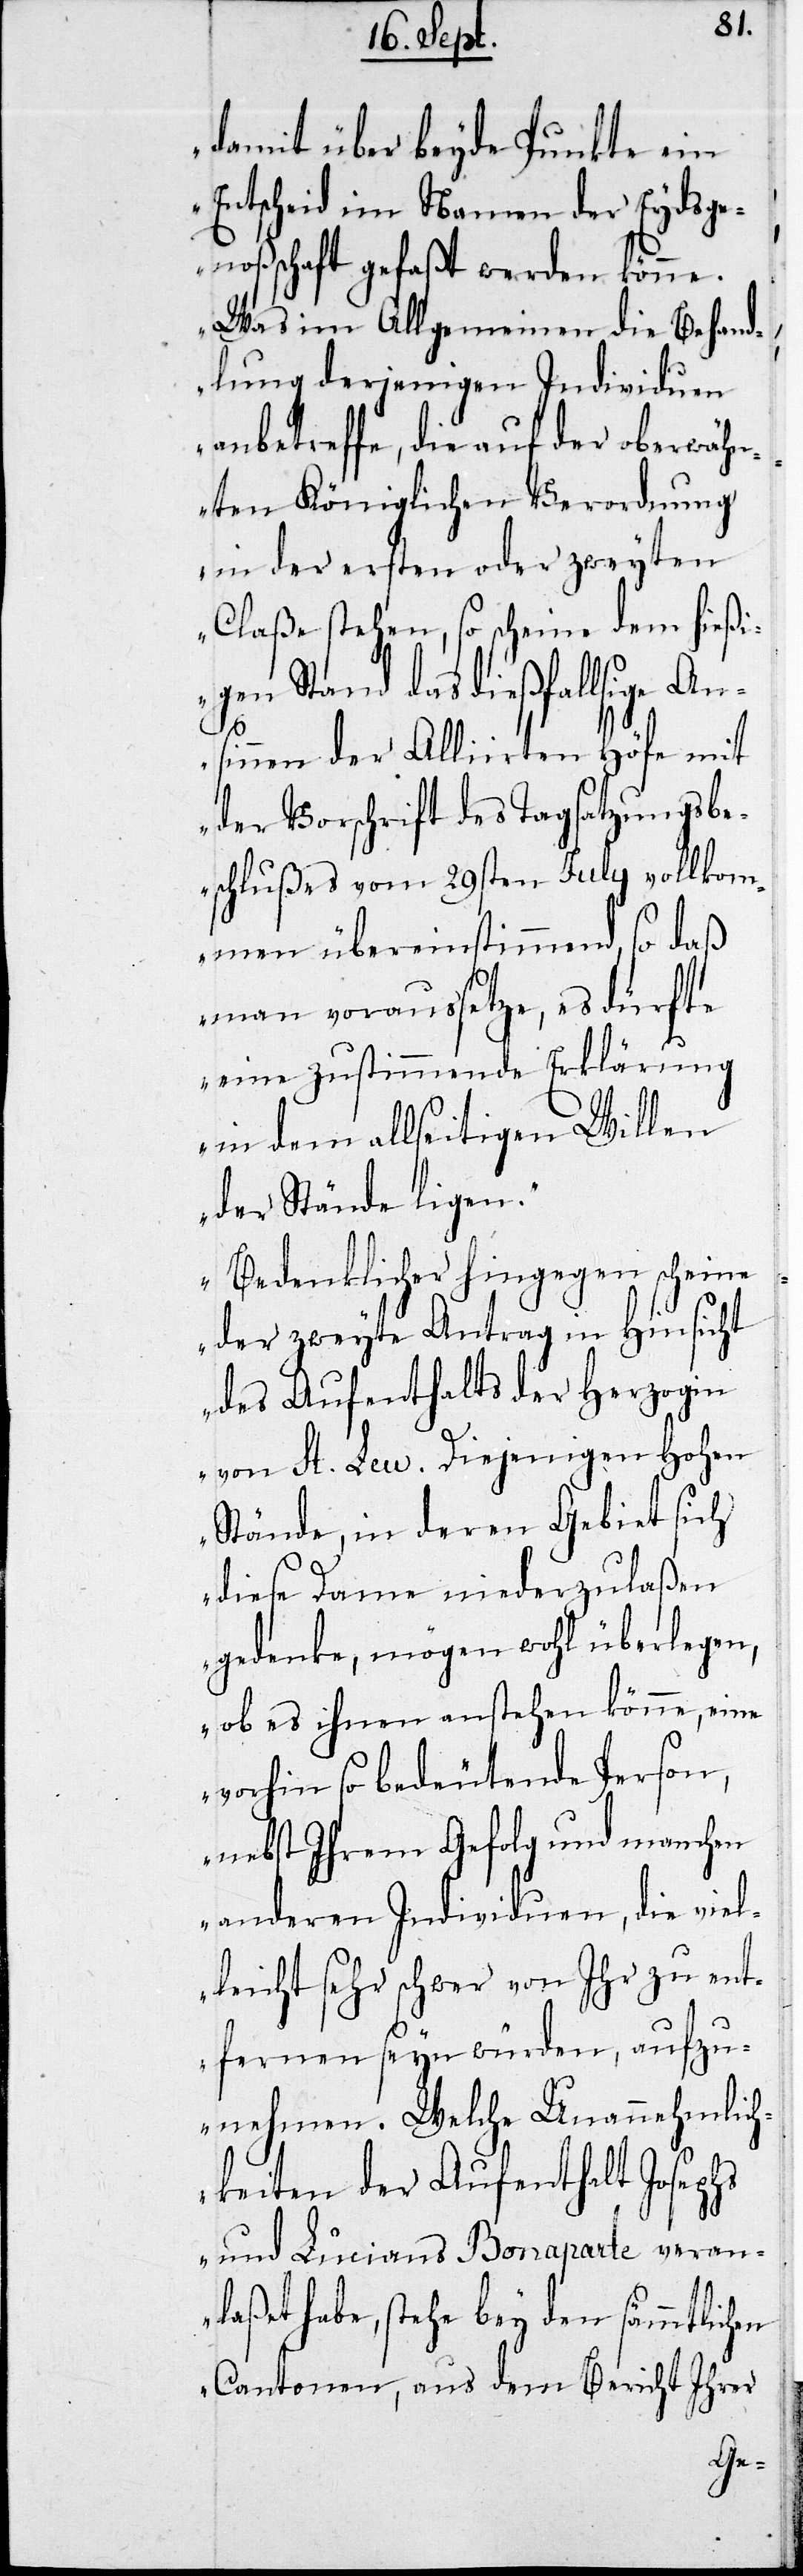
damit über beyde Punkte ein
Entscheid im Namen der Eydsge¬
noßenschaft gefaßt werden könne.
Was im Allgemeinen die Behand¬
lung derjenigen Individuen
anbetreffe, die auf der oberwäh¬
nten Königlichen Verordnung
in der ersten oder zweyten
Claße stehen, so scheine dem hießi¬
gen Stand das dießfallsige An¬
sinnen der Alliirten Höfe mit
der Vorschrift des Tagsatzungsbe¬
schlußes von 29sten July vollkom¬
men übereinstimmend, so daß
man voraussetze, es dürfte
eine zustimmende Erklärung
in dem allseitigen Willen
der Stände liegen.
Bedenklicher hingegen scheine
der zweyte Antrag in Hinsicht
des Aufenthalts der Herzogin
von St. Leu. Diejenigen Hohen
Stände, in deren Gebiet sich
diese Dame niederzulaßen
gedenke, mögen wohl überlegen,
ob es ihnen anstehen könne, eine
vorhin so bedeutende Person,
nebst ihrem Gefolg und manchen
anderen Individuen, die viel¬
leicht sehr schwer von Ihr zu ent¬
fernen seyn würden, aufzu¬
nehmen. Welche Unannehmlich¬
keiten der Aufenthalt Josephs
und Lucians Bonaparte veran¬
laßet habe, stehe bey den sämmtlichen
Cantonen, aus dem Bericht Ihrer